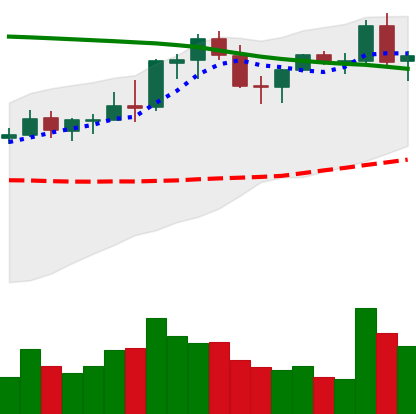
Ticker: NEO-USD
Chart end date: 2021-08-25
Forward return: -8.66%
Label: down_7plus